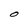
Character: O